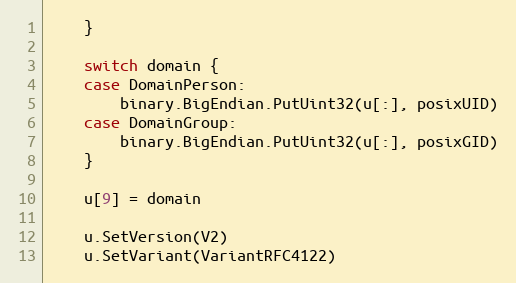
Language: Go
	}

	switch domain {
	case DomainPerson:
		binary.BigEndian.PutUint32(u[:], posixUID)
	case DomainGroup:
		binary.BigEndian.PutUint32(u[:], posixGID)
	}

	u[9] = domain

	u.SetVersion(V2)
	u.SetVariant(VariantRFC4122)